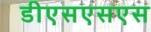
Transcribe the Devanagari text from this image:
डीएसएसएस